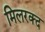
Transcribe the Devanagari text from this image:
मिलरक्द